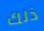
ذلك